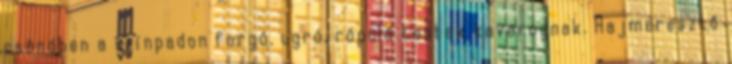
csöndben a színpadon forgó, ugró, röpülő testek kavarognak. Hajmeresztő